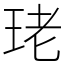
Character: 珯